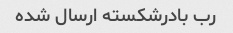
رب بادرشکسته ارسال شده